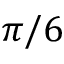
\pi / 6